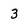
Character: 3